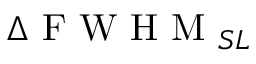
\Delta \mathrm { ~ F ~ W ~ H ~ M ~ } _ { S L }